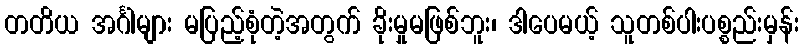
တတိယ အင်္ဂါများ မပြည့်စုံတဲ့အတွက် ခိုးမှုမဖြစ်ဘူး၊ ဒါပေမယ့် သူတစ်ပါးပစ္စည်းမှန်း